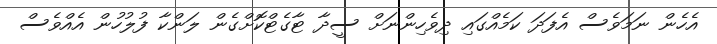
އެހެން ނަމަވެސް އެފަދަ ކަމެއްގައި ދިވެހިންނަށް ސީދާ ޓާގެޓްކޮށްގެން ލަންކާ ފުލުހުން އެއްވެސް